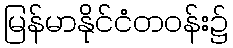
မြန်မာနိုင်ငံတဝန်း၌